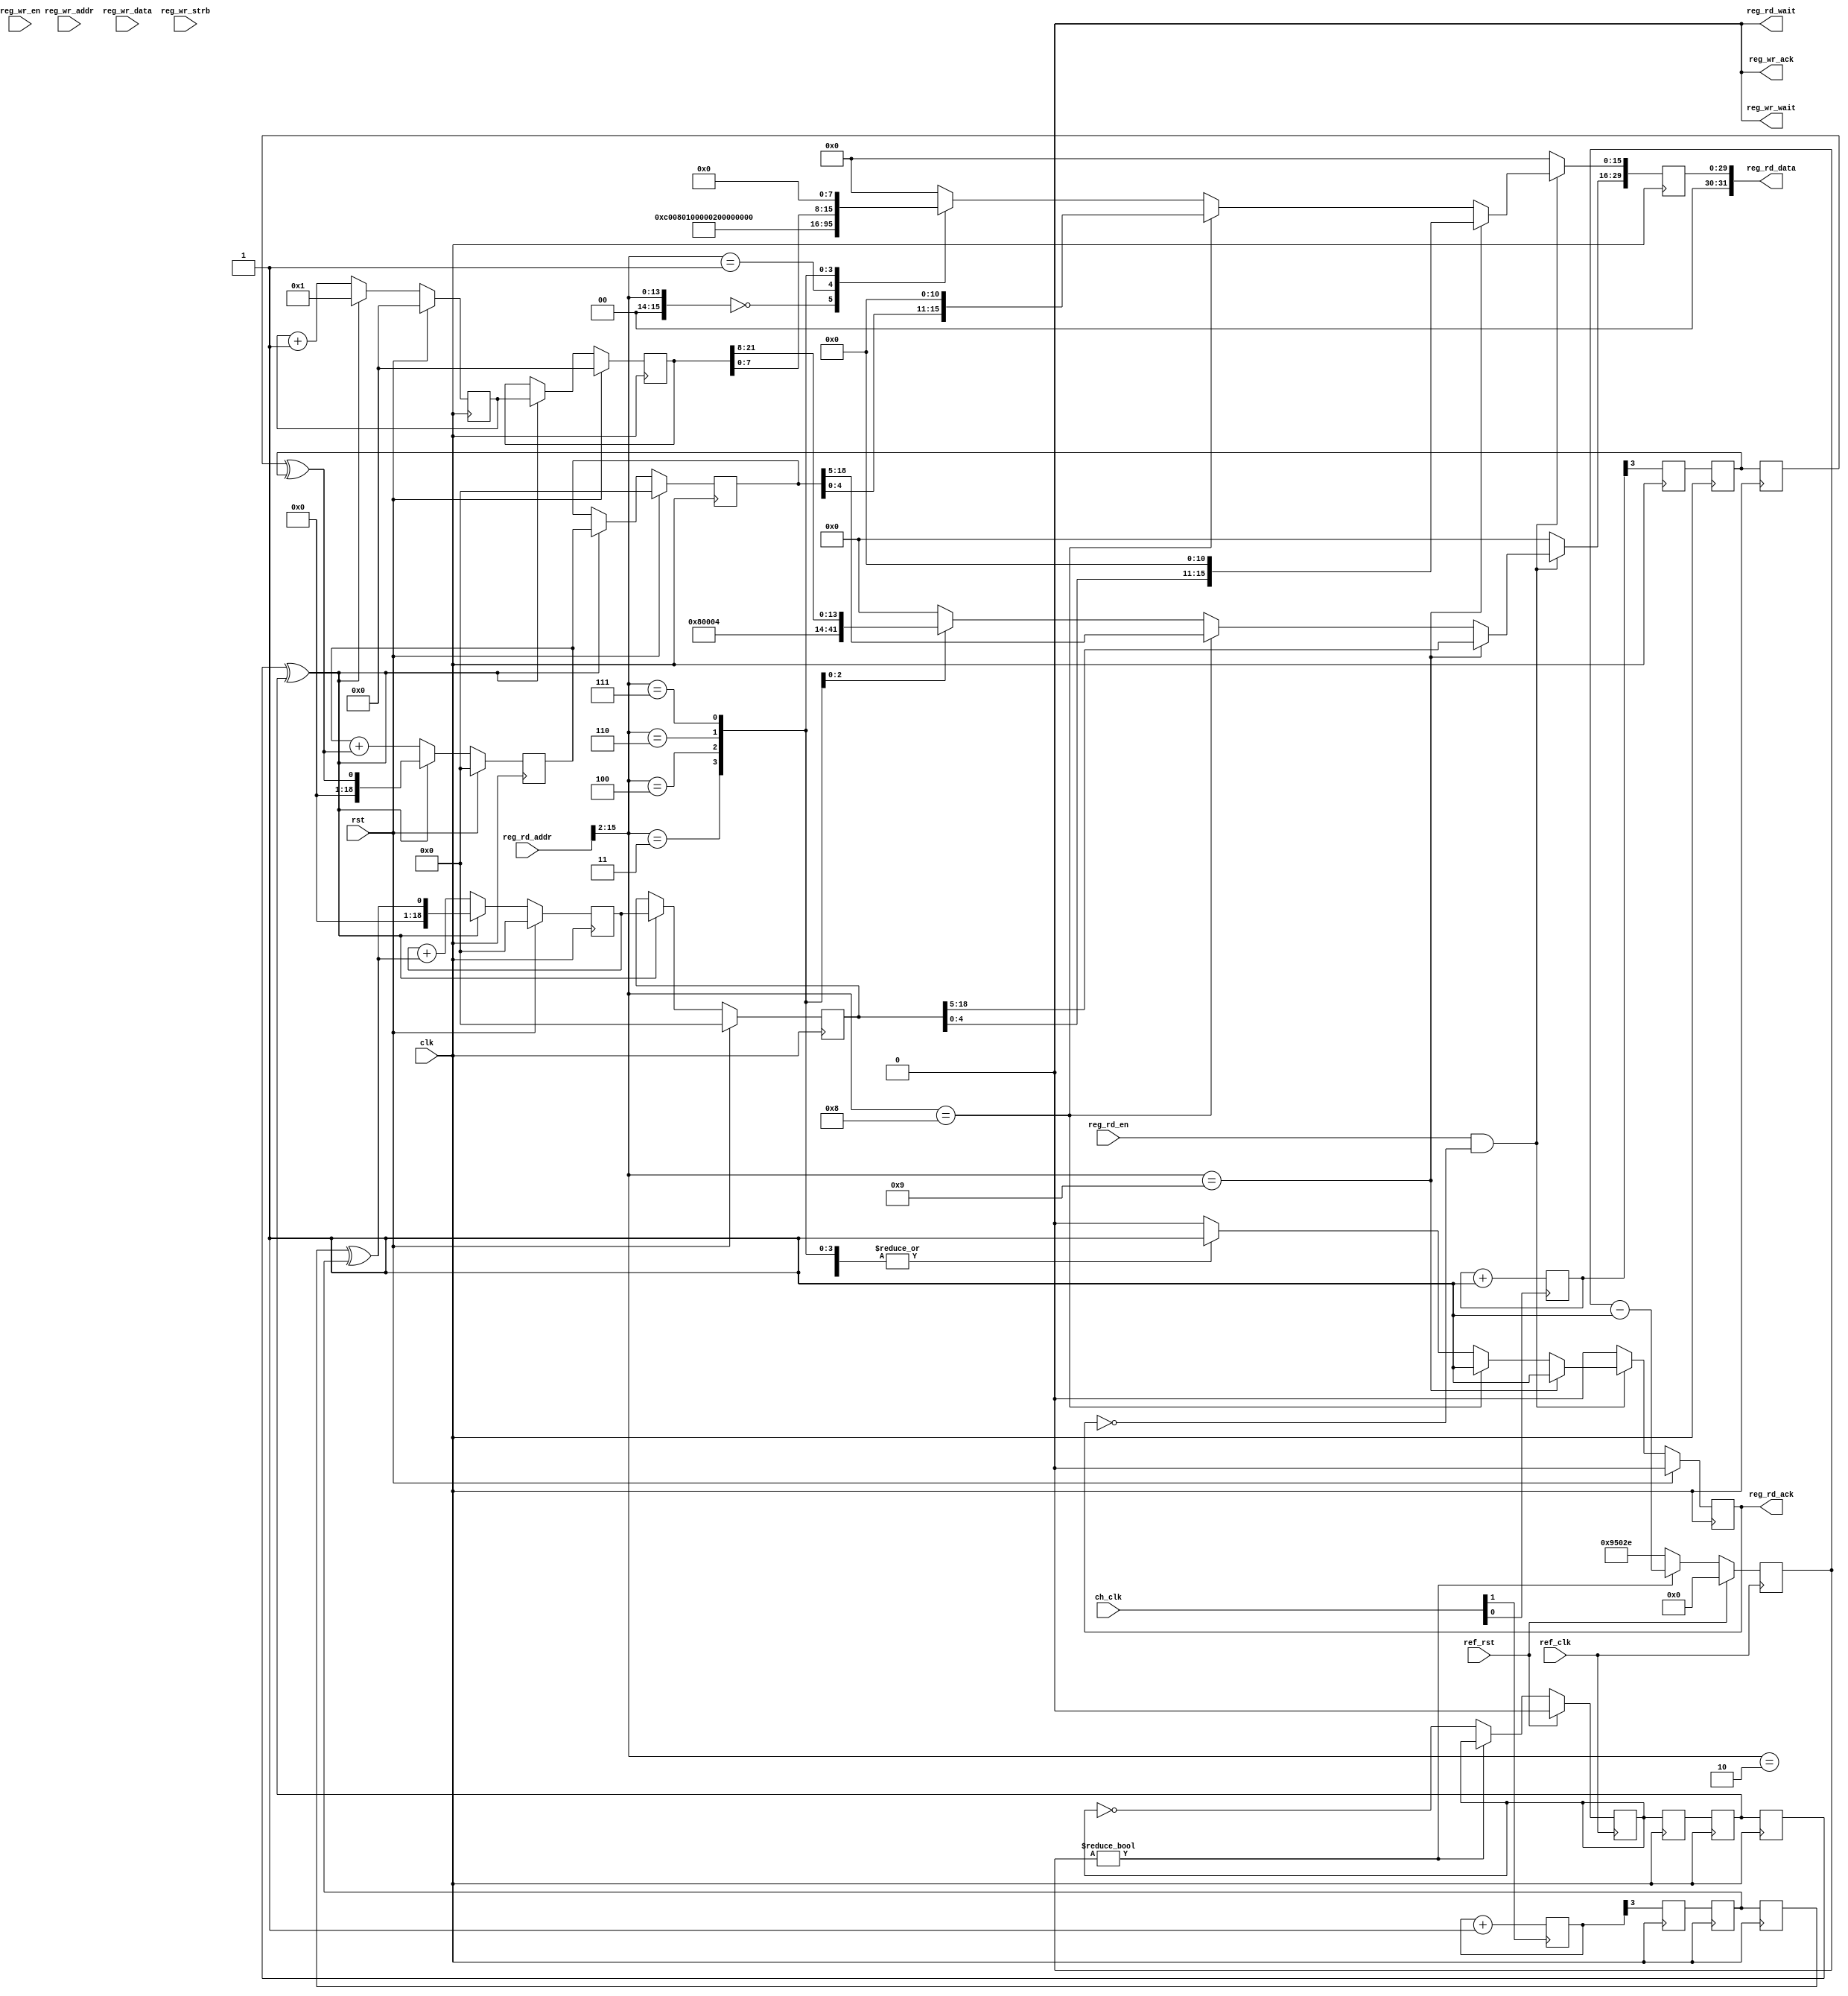
/*

Copyright 2022, The Regents of the University of California.
All rights reserved.

Redistribution and use in source and binary forms, with or without
modification, are permitted provided that the following conditions are met:

   1. Redistributions of source code must retain the above copyright notice,
      this list of conditions and the following disclaimer.

   2. Redistributions in binary form must reproduce the above copyright notice,
      this list of conditions and the following disclaimer in the documentation
      and/or other materials provided with the distribution.

THIS SOFTWARE IS PROVIDED BY THE REGENTS OF THE UNIVERSITY OF CALIFORNIA ''AS
IS'' AND ANY EXPRESS OR IMPLIED WARRANTIES, INCLUDING, BUT NOT LIMITED TO, THE
IMPLIED WARRANTIES OF MERCHANTABILITY AND FITNESS FOR A PARTICULAR PURPOSE ARE
DISCLAIMED. IN NO EVENT SHALL THE REGENTS OF THE UNIVERSITY OF CALIFORNIA OR
CONTRIBUTORS BE LIABLE FOR ANY DIRECT, INDIRECT, INCIDENTAL, SPECIAL,
EXEMPLARY, OR CONSEQUENTIAL DAMAGES (INCLUDING, BUT NOT LIMITED TO, PROCUREMENT
OF SUBSTITUTE GOODS OR SERVICES; LOSS OF USE, DATA, OR PROFITS; OR BUSINESS
INTERRUPTION) HOWEVER CAUSED AND ON ANY THEORY OF LIABILITY, WHETHER IN
CONTRACT, STRICT LIABILITY, OR TORT (INCLUDING NEGLIGENCE OR OTHERWISE) ARISING
IN ANY WAY OUT OF THE USE OF THIS SOFTWARE, EVEN IF ADVISED OF THE POSSIBILITY
OF SUCH DAMAGE.

The views and conclusions contained in the software and documentation are those
of the authors and should not be interpreted as representing official policies,
either expressed or implied, of The Regents of the University of California.

*/

// Language: Verilog 2001

`resetall
`timescale 1ns / 1ps
`default_nettype none

/*
 * Clock info register block
 */
module mqnic_rb_clk_info #
(
    parameter CLK_PERIOD_NS_NUM = 4,
    parameter CLK_PERIOD_NS_DENOM = 1,
    parameter REF_CLK_PERIOD_NS_NUM = 32,
    parameter REF_CLK_PERIOD_NS_DENOM = 5,
    parameter CH_CNT = 2,
    parameter REG_ADDR_WIDTH = 16,
    parameter REG_DATA_WIDTH = 32,
    parameter REG_STRB_WIDTH = (REG_DATA_WIDTH/8),
    parameter RB_TYPE = 32'h0000C008,
    parameter RB_BASE_ADDR = 0,
    parameter RB_NEXT_PTR = 0
)
(
    input  wire                       clk,
    input  wire                       rst,

    /*
     * Register interface
     */
    input  wire [REG_ADDR_WIDTH-1:0]  reg_wr_addr,
    input  wire [REG_DATA_WIDTH-1:0]  reg_wr_data,
    input  wire [REG_STRB_WIDTH-1:0]  reg_wr_strb,
    input  wire                       reg_wr_en,
    output wire                       reg_wr_wait,
    output wire                       reg_wr_ack,
    input  wire [REG_ADDR_WIDTH-1:0]  reg_rd_addr,
    input  wire                       reg_rd_en,
    output wire [REG_DATA_WIDTH-1:0]  reg_rd_data,
    output wire                       reg_rd_wait,
    output wire                       reg_rd_ack,

    /*
     * Clock inputs
     */
    input  wire                       ref_clk,
    input  wire                       ref_rst,

    input  wire [CH_CNT-1:0]          ch_clk
);

localparam SHIFT = 8;
localparam RESOLUTION = 30;

localparam REF_CLK_CYCLES_PER_SEC = (64'd1_000_000_000*REF_CLK_PERIOD_NS_DENOM)/REF_CLK_PERIOD_NS_NUM;
localparam REF_CNT_WIDTH = $clog2(REF_CLK_CYCLES_PER_SEC >> SHIFT);

localparam CH_PRESCALE_WIDTH = 3;
localparam CNT_WIDTH = RESOLUTION-SHIFT;
localparam CH_CNT_WIDTH = CNT_WIDTH-CH_PRESCALE_WIDTH;

localparam RBB = RB_BASE_ADDR & {REG_ADDR_WIDTH{1'b1}};

// check configuration
initial begin
    if (REG_DATA_WIDTH != 32) begin
        $error("Error: Register interface width must be 32 (instance %m)");
        $finish;
    end

    if (REG_STRB_WIDTH * 8 != REG_DATA_WIDTH) begin
        $error("Error: Register interface requires byte (8-bit) granularity (instance %m)");
        $finish;
    end

    if (REG_ADDR_WIDTH < 5) begin
        $error("Error: Register address width too narrow (instance %m)");
        $finish;
    end

    if (REG_ADDR_WIDTH < $clog2(32 + CH_CNT*4)) begin
        $error("Error: Register address width too narrow (instance %m)");
        $finish;
    end

    if (RB_NEXT_PTR && RB_NEXT_PTR >= RB_BASE_ADDR && RB_NEXT_PTR < RB_BASE_ADDR + 32 + CH_CNT*4) begin
        $error("Error: RB_NEXT_PTR overlaps block (instance %m)");
        $finish;
    end
end

// generate periodic strobe from ref clock for measurement period
reg [REF_CNT_WIDTH-1:0] ref_cnt_reg = 0;
reg ref_strb_reg = 0;

always @(posedge ref_clk) begin
    if (ref_cnt_reg) begin
        ref_cnt_reg <= ref_cnt_reg - 1;
    end else begin
        ref_cnt_reg <= (REF_CLK_CYCLES_PER_SEC >> SHIFT) - 1;
        ref_strb_reg <= !ref_strb_reg;
    end

    if (ref_rst) begin
        ref_cnt_reg <= 0;
        ref_strb_reg <= 0;
    end
end

reg ref_strb_sync_1_reg = 0;
reg ref_strb_sync_2_reg = 0;
reg ref_strb_sync_3_reg = 0;

always @(posedge clk) begin
    ref_strb_sync_1_reg <= ref_strb_reg;
    ref_strb_sync_2_reg <= ref_strb_sync_1_reg;
    ref_strb_sync_3_reg <= ref_strb_sync_2_reg;
end

// divide and sync each input clock
wire [CH_CNT-1:0] ch_flag;

generate

genvar ch;

for (ch = 0; ch < CH_CNT; ch = ch + 1) begin : channel

    reg [CH_PRESCALE_WIDTH+1-1:0] ch_prescale_reg = 0;

    always @(posedge ch_clk[ch]) begin
        ch_prescale_reg <= ch_prescale_reg + 1;
    end

    reg ch_flag_sync_1_reg = 0;
    reg ch_flag_sync_2_reg = 0;
    reg ch_flag_sync_3_reg = 0;

    always @(posedge clk) begin
        ch_flag_sync_1_reg <= ch_prescale_reg[CH_PRESCALE_WIDTH];
        ch_flag_sync_2_reg <= ch_flag_sync_1_reg;
        ch_flag_sync_3_reg <= ch_flag_sync_2_reg;
    end

    assign ch_flag[ch] = ch_flag_sync_3_reg ^ ch_flag_sync_2_reg;
end

endgenerate

// control registers
reg [REG_DATA_WIDTH-1:0] reg_rd_data_reg = 0;
reg reg_rd_ack_reg = 1'b0;

reg [CNT_WIDTH-1:0] clk_acc_reg = 0;
reg [CNT_WIDTH-1:0] clk_cnt_reg = 0;

reg [CH_CNT_WIDTH-1:0] ch_acc_reg[0:CH_CNT-1];
reg [CH_CNT_WIDTH-1:0] ch_cnt_reg[0:CH_CNT-1];

wire [CH_CNT_WIDTH-1:0] ch_acc_reg_0 = ch_acc_reg[0];
wire [CH_CNT_WIDTH-1:0] ch_cnt_reg_0 = ch_cnt_reg[0];

assign reg_wr_wait = 1'b0;
assign reg_wr_ack = 1'b0;
assign reg_rd_data = reg_rd_data_reg;
assign reg_rd_wait = 1'b0;
assign reg_rd_ack = reg_rd_ack_reg;

integer k;

initial begin
    for (k = 0; k < CH_CNT; k = k + 1) begin
        ch_acc_reg[k] = 0;
        ch_cnt_reg[k] = 0;
    end
end

always @(posedge clk) begin
    reg_rd_data_reg <= 0;
    reg_rd_ack_reg <= 1'b0;

    if (ref_strb_sync_3_reg ^ ref_strb_sync_2_reg) begin
        clk_acc_reg <= 1;
        clk_cnt_reg <= clk_acc_reg;
    end else begin
        clk_acc_reg <= clk_acc_reg + 1;
    end

    for (k = 0; k < CH_CNT; k = k + 1) begin
        if (ref_strb_sync_3_reg ^ ref_strb_sync_2_reg) begin
            ch_acc_reg[k] <= ch_flag[k];
            ch_cnt_reg[k] <= ch_acc_reg[k];
        end else begin
            ch_acc_reg[k] <= ch_acc_reg[k] + ch_flag[k];
        end
    end

    if (reg_rd_en && !reg_rd_ack_reg) begin
        // read operation
        reg_rd_ack_reg <= 1'b1;
        case ({reg_rd_addr >> 2, 2'b00})
            RBB+5'h00: reg_rd_data_reg <= RB_TYPE;       // Type
            RBB+5'h04: reg_rd_data_reg <= 32'h00000100;  // Version
            RBB+5'h08: reg_rd_data_reg <= RB_NEXT_PTR;   // Next header
            RBB+5'h0C: reg_rd_data_reg <= CH_CNT;
            RBB+5'h10: begin
                reg_rd_data_reg[31:16] <= REF_CLK_PERIOD_NS_NUM;
                reg_rd_data_reg[15:0] <= REF_CLK_PERIOD_NS_DENOM;
            end
            RBB+5'h18: begin
                reg_rd_data_reg[31:16] <= CLK_PERIOD_NS_NUM;
                reg_rd_data_reg[15:0] <= CLK_PERIOD_NS_DENOM;
            end
            RBB+5'h1C: reg_rd_data_reg <= clk_cnt_reg << SHIFT;
            default: reg_rd_ack_reg <= 1'b0;
        endcase
        for (k = 0; k < CH_CNT; k = k + 1) begin
            if ({reg_rd_addr >> 2, 2'b00} == RBB+7'h20 + k*4) begin
                reg_rd_data_reg <= ch_cnt_reg[k] << (SHIFT+CH_PRESCALE_WIDTH);
                reg_rd_ack_reg <= 1'b1;
            end
        end
    end

    if (rst) begin
        reg_rd_ack_reg <= 1'b0;

        clk_acc_reg <= 0;
        clk_cnt_reg <= 0;

        for (k = 0; k < CH_CNT; k = k + 1) begin
            ch_acc_reg[k] <= 0;
            ch_cnt_reg[k] <= 0;
        end
    end
end

endmodule

`resetall